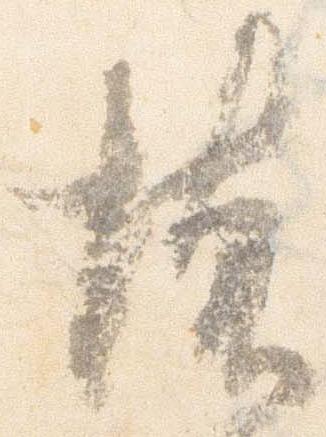
懐